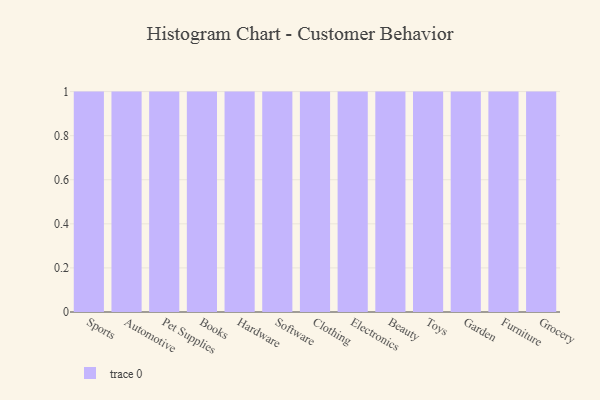
{"axis": {"x": "Category", "y": "Website Visitors"}, "legend": [""], "data": [{"x": "Sports", "y": 16, "type": ""}, {"x": "Automotive", "y": 46, "type": ""}, {"x": "Pet Supplies", "y": 3, "type": ""}, {"x": "Books", "y": 72, "type": ""}, {"x": "Hardware", "y": 98, "type": ""}, {"x": "Software", "y": 67, "type": ""}, {"x": "Clothing", "y": 74, "type": ""}, {"x": "Electronics", "y": 12, "type": ""}, {"x": "Beauty", "y": 28, "type": ""}, {"x": "Toys", "y": 54, "type": ""}, {"x": "Garden", "y": 49, "type": ""}, {"x": "Furniture", "y": 98, "type": ""}, {"x": "Grocery", "y": 40, "type": ""}]}